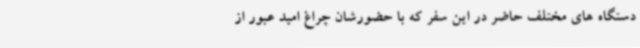
دستگاه های مختلف حاضر در این سفر که با حضورشان چراغ امید عبور از